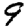
Digit: 9